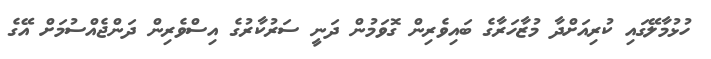
ހުޅުމާލޭގައި ކުރިއަށްދާ މުޒާހަރާގެ ބައިވެރިން ގޮވަމުން ދަނީ ސަރުކާރުގެ އިސްވެރިން ދަންޖެއްސުމަށް އޭގެ